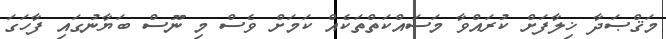
މަޤްޞަދާ ޚިލާފަށް ކުރައްވާ މަސައްކަތްތަކެއް ކަމަށް ވެސް މި ނޫސް ބަޔާނުގައި ފާހަގަ